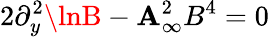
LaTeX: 2\partial_{y}^{2}\lnB-\mathbf{A}_{\infty}^{2}B^{4}=0